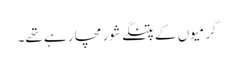
گرمیوں کے پتنگے شور مچا رہے تھے۔